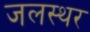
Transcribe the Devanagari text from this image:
जलस्थर